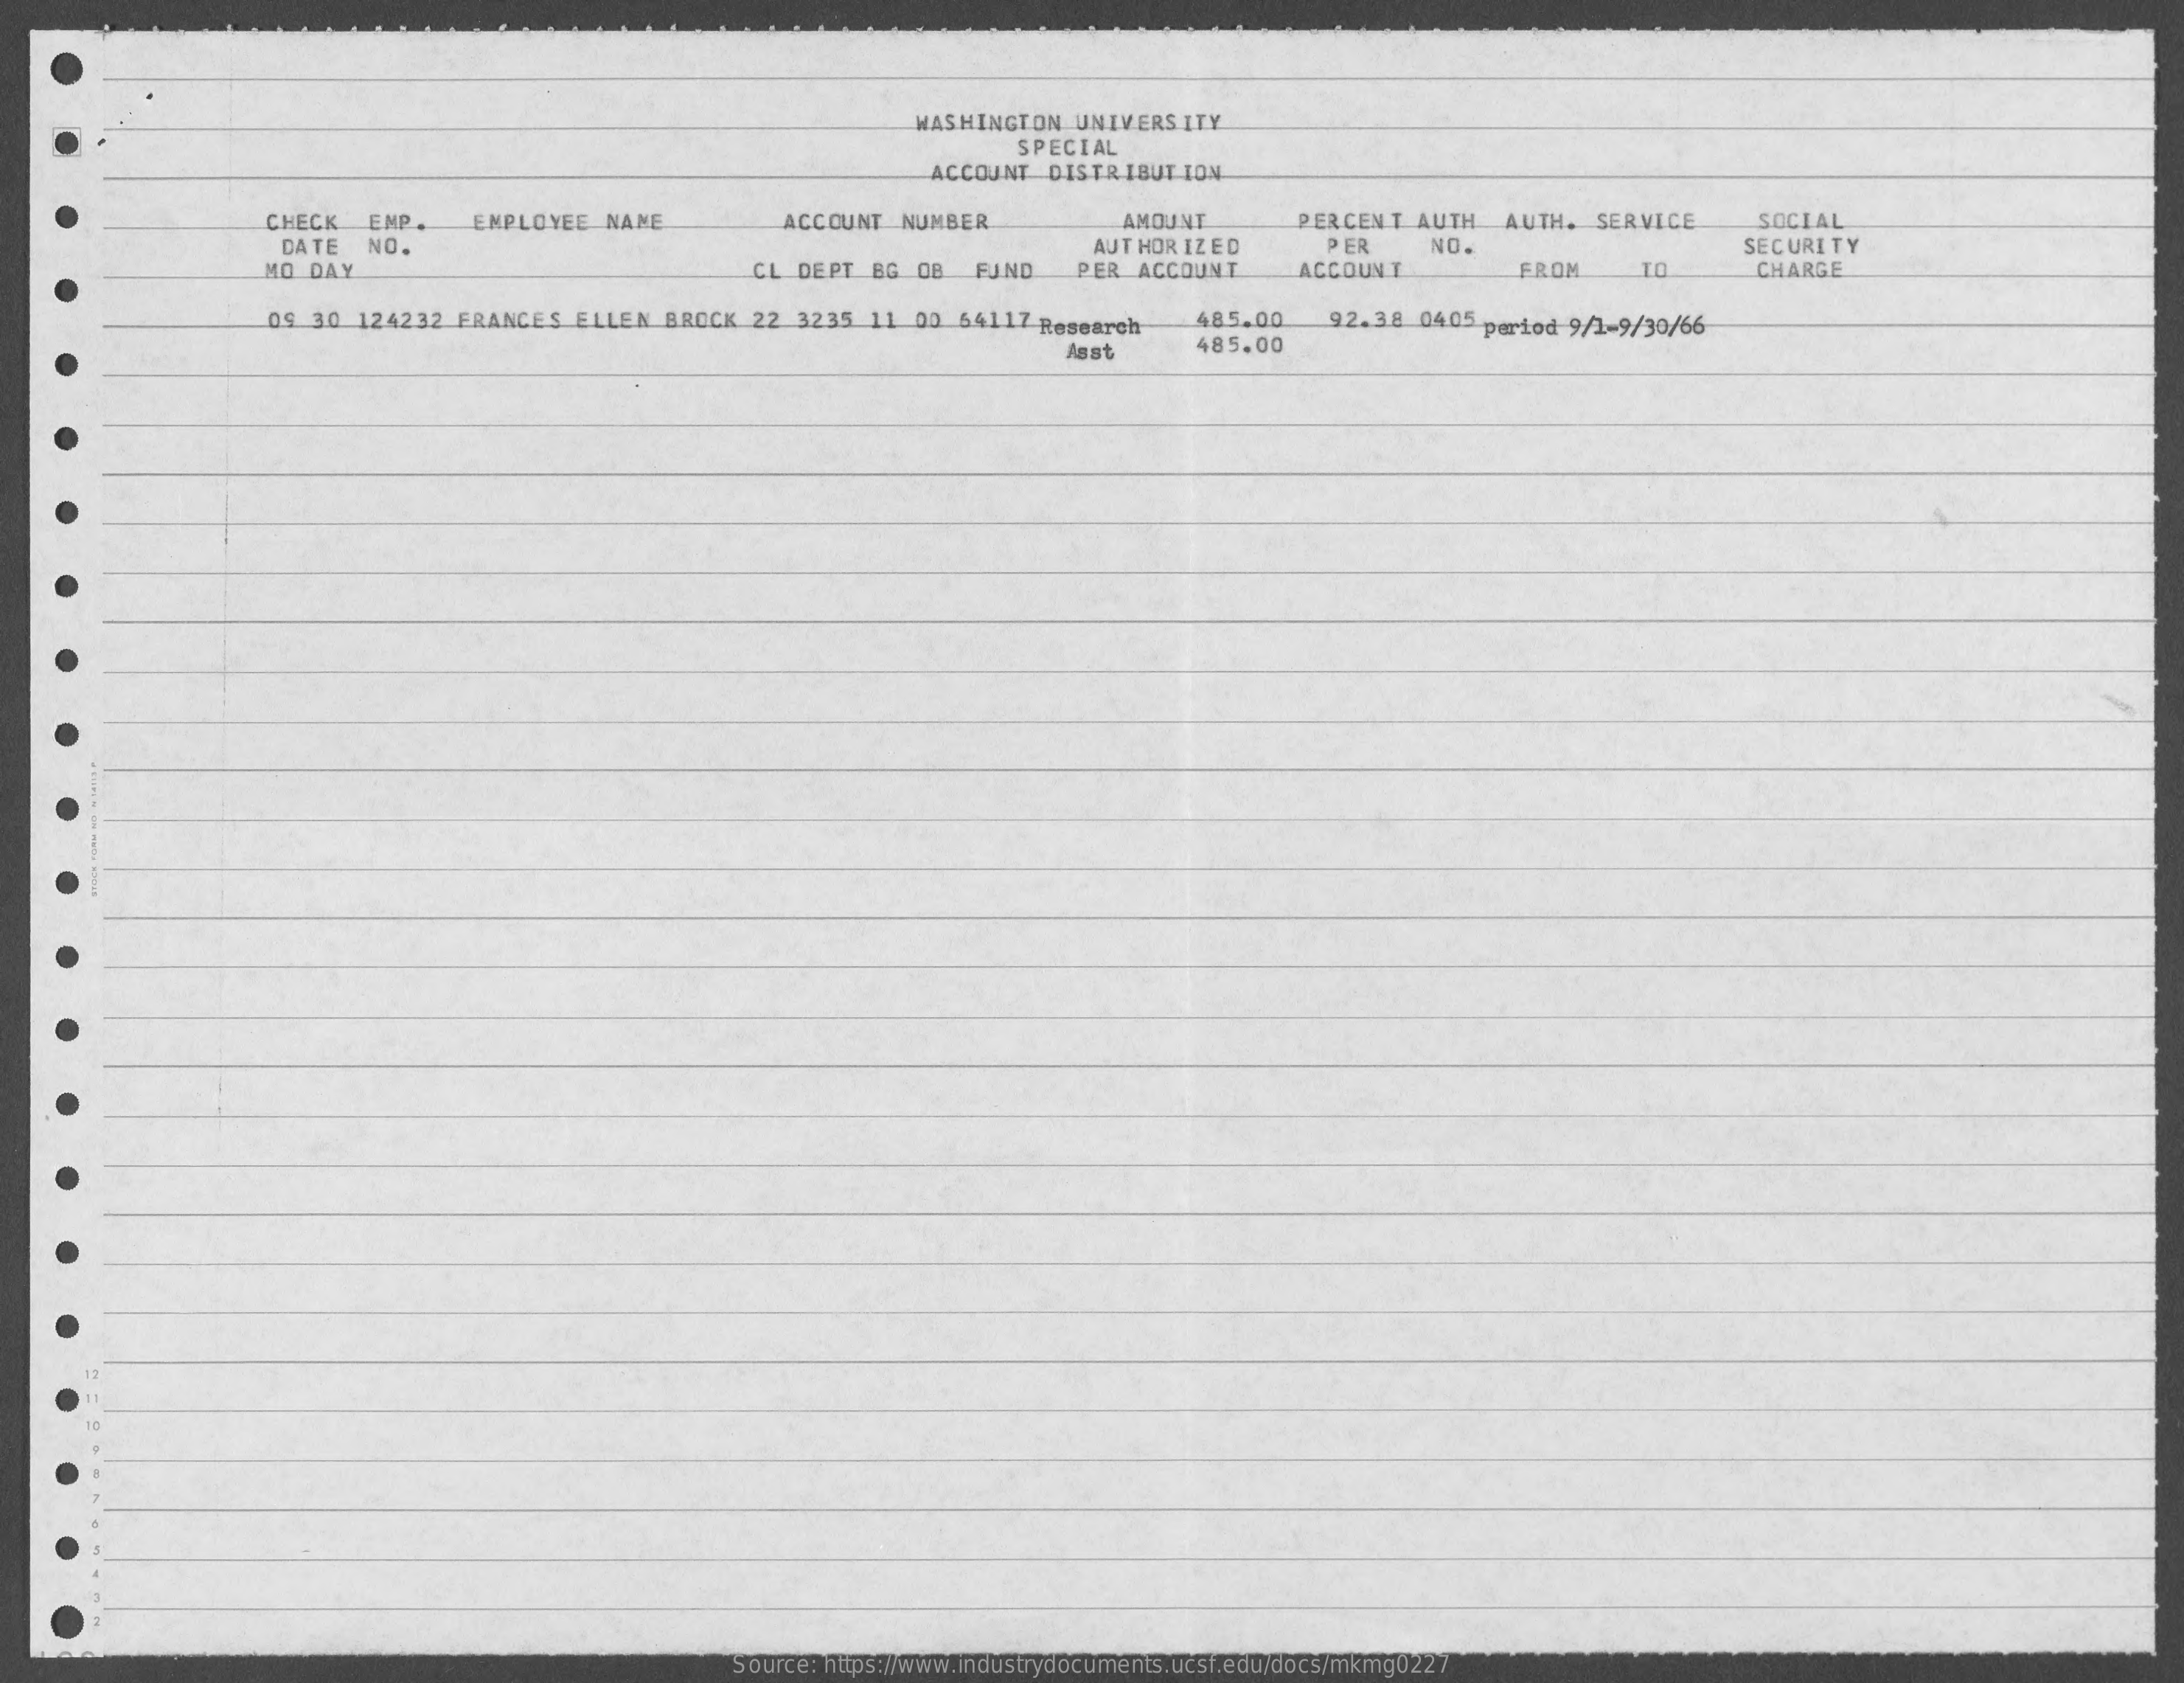
WASHINGTON UNIVERSITY
     SPECIAL
     ACCOUNT DISTRIBUTION
     CHECK EMP. EMPLOYEE NAME ACCOUNT NUMBER AMOUNT PERCENT AUTH AUTH. SERVICE SOCIAL
     DATE NO.    PER  NO.
     MO DAY    CL DEPT BG OB FUND
     AUT HOR IZED
     PER ACCOUNT ACCOUNT    TO
     SECURITY
     FROM    CHARGE
     09 30 124232 FRANCES ELLEN BROCK 22 3235 11 00 54117 Research 485.00
     485.00
     92.38 0405 period 9/1-9/30/66
     Asst
     Source: https://www.industrydocuments.ucsf.edu/docs/mkmg0227